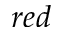
r e d